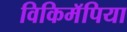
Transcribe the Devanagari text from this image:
विकिमॅपिया